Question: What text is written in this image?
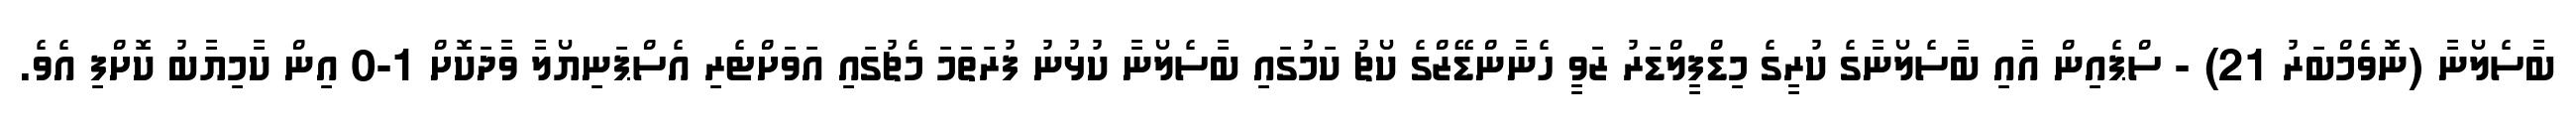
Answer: ބާސެލޯނާ (ނޮވެމްބަރު 21) - ސްޕެއިން އާއި ބާސެލޯނާގެ ކުރީގެ މިޑްފީލްޑަރު ޒަވީ ހެނާންޑޭޒްގެ ކޯޗު ކަމުގައި ބާސެލޯނާ ކުޅުނު ފުރަތަމަ މެޗުގައި އަވަށްޓެރި އެސްޕަނިޔޯލާ ވާދަކޮށް 1-0 އިން ކާމިޔާބު ކޮށްފި އެވެ.